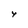
Character: Y